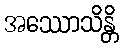
အဿောသိန္တိ